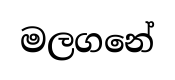
මලගනේ